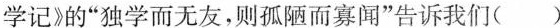
学记》的”独学而无友，则孤陋而寡闻”告诉我们（）